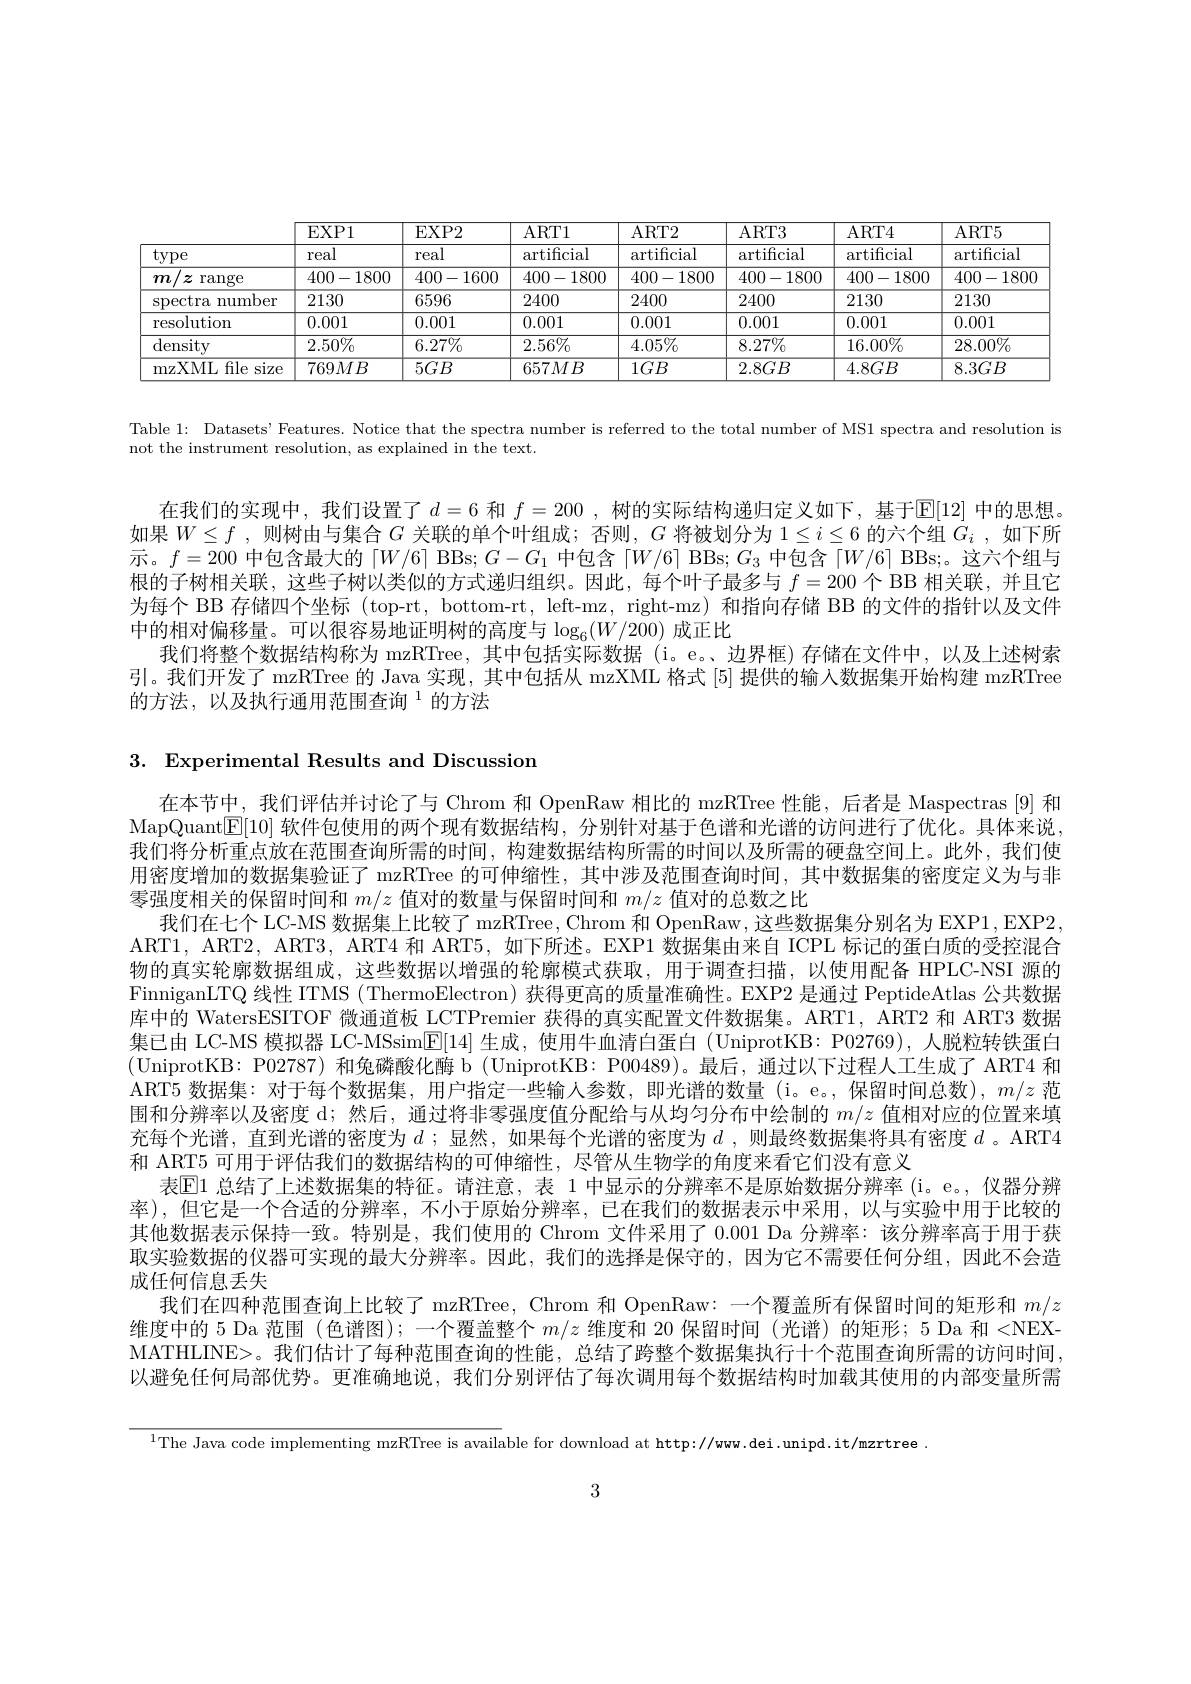
<table>
	<tbody>
		<tr>
			<th> </th>
			<th>EXP1</th>
			<th>EXP2</th>
			<th>$ART1$</th>
			<th>$ART2$</th>
			<th>ART3</th>
			<th>ART4</th>
			<th>$ART5$</th>
		</tr>
		<tr>
			<td>type</td>
			<td>real</td>
			<td>real</td>
			<td>artificial</td>
			<td>$\operatorname{artificial}$</td>
			<td>$\operatorname{artificial}$</td>
			<td>$\operatorname{artificial}$</td>
			<td>$\operatorname{artificial}$</td>
		</tr>
		<tr>
			<td>$/z$ range $m$</td>
			<td>400-1800</td>
			<td>400-1600</td>
			<td>400-1800</td>
			<td>400-1800</td>
			<td>400-1800</td>
			<td>400-1800</td>
			<td>400-1800</td>
		</tr>
		<tr>
			<td>number spectra </td>
			<td>2130</td>
			<td>6596</td>
			<td>2400</td>
			<td>2400</td>
			<td>2400</td>
			<td>2130</td>
			<td>2130</td>
		</tr>
		<tr>
			<td>resolution</td>
			<td>0.001</td>
			<td>0.001</td>
			<td>0.001</td>
			<td>0.001</td>
			<td>0.001</td>
			<td>0.001</td>
			<td>0.001</td>
		</tr>
		<tr>
			<td>${\mathrm{density}}$</td>
			<td>$2.50\%$</td>
			<td>$6.27\%$</td>
			<td>$2.56\%$</td>
			<td>$4.05\%$</td>
			<td>$8.27\%$</td>
			<td>$16.00\%$</td>
			<td>$28.00\%$</td>
		</tr>
		<tr>
			<td>mzXML file s size 5</td>
			<td>$769MB$</td>
			<td>$5GB$</td>
			<td>$657MB$</td>
			<td>$1GB$</td>
			<td>$2.8GB$</td>
			<td>$4.8GB$</td>
			<td>$8.3GB$</td>
		</tr>
	</tbody>
</table>

Table 1: Datasets' Features. Notice that the spectra number is referred to the total number of MS1 spectra and resolution is

not the instrument resolution, as explained in the text.

在我们的实现中，我们设置了$d=6$ 和 $f=200$, 树的实际结构递归定义如下，基于$\overline{\mathbb{E}}[12]$ 中的思想。如果$W\leq f$ ,则树由与集合$G$关联的单个叶组成；否则，$G$将被划分为$1\leq i\leq6$的六个组$G_i$ ,如下所示。$f=200$中包含最大的$\lceil W/6\rceil$ BBs; $G-G_1$中包含$\lceil W/6\rceil$ BBs; $G_3$中包含$\lceil W/6\rceil$ BBs;。这六个组与根的子树相关联，这些子树以类似的方式递归组织。因此，每个叶子最多与$f=200$个 BB 相关联，并且它为每个 BB 存储四个坐标 (top-rt, bottom-rt, left-mz, right-mz) 和指向存储 BB 的文件的指针以及文件中的相对偏移量。可以很容易地证明树的高度与$\log_6(W/200)$成正比
我们将整个数据结构称为 mzRTree, 其中包括实际数据 (i。e。边界框)存储在文件中，以及上述树索引。我们开发了 mzRTree 的 Java 实现，其中包括从 mzXML 格式 [5] 提供的输入数据集开始构建 mzRTree 的方法，以及执行通用范围查询$^{1}$的方法

3. Experimental Results and Discussion

在本节中，我们评估并讨论了与 Chrom 和 OpenRaw 相比的 mzRTree 性能，后者是 Maspectras [9] 和MapQuant$[\mathbb{E}[10]$软件包使用的两个现有数据结构，分别针对基于色谱和光谱的访问进行了优化。具体来说我们将分析重点放在范围查询所需的时间，构建数据结构所需的时间以及所需的硬盘空间上。此外，我们使用密度增加的数据集验证了 mzRTree 的可伸缩性，其中涉及范围查询时间，其中数据集的密度定义为与非零强度相关的保留时间和$m/z$值对的数量与保留时间和$m/z$值对的总数之比
我们在七个 LC-MS 数据集上比较了 mzRTree, Chrom 和 OpenRaw, 这些数据集分别名为 EXP1, EXP2, ART1, ART2, ART3, ART4 和 ART5, 如下所述。EXP1 数据集由来自 ICPL 标记的蛋白质的受控混合物的真实轮廓数据组成，这些数据以增强的轮廓模式获取，用于调查扫描，以使用配备 HPLC-NSI 源的FinniganLTQ 线性 ITMS ( ThermoElectron) 获得更高的质量准确性。EXP2 是通过 PeptideAtlas 公共数据库中的 WatersESITOF 微通道板 LCTPremier 获得的真实配置文件数据集。ART1, ART2 和 ART3 数据集已由 LC-MS 模拟器 LC-MSsim$\underline{\mathrm{E}}[14]$生成，使用牛血清白蛋白 (UniprotKB: P02769),人脱粒转铁蛋白(UniprotKB: P02787)和兔磷酸化酶 b (UniprotKB: P00489)。最后，通过以下过程人工生成了 ART4 和ART5 数据集：对于每个数据集，用户指定一些输人参数，即光谱的数量 (i。e。, 保留时间总数), $m/z$范围和分辨率以及密度 d;然后，通过将非零强度值分配给与从均匀分布中绘制的$m/z$值相对应的位置来填充每个光谱，直到光谱的密度为$d$ ;显然，如果每个光谱的密度为$d$ ,则最终数据集将具有密度$d$ 。ART4和 ART5 可用于评估我们的数据结构的可伸缩性，尽管从生物学的角度来看它们没有意义
表$\mathbb{E}$1 总结了上述数据集的特征。请注意，表 1 中显示的分辨率不是原始数据分辨率 (i。e。, 仪器分辨率),但它是一个合适的分辨率，不小于原始分辨率，已在我们的数据表示中采用，以与实验中用于比较的其他数据表示保持一致。特别是，我们使用的 Chrom 文件采用了0.001 Da 分辨率：该分辨率高于用于获取实验数据的仪器可实现的最大分辨率。因此，我们的选择是保守的，因为它不需要任何分组，因此不会造成任何信息丢失
我们在四种范围查询上比较了 mzRTree, Chrom 和 OpenRaw: 一个覆盖所有保留时间的矩形和$m/z$ 维度中的 5 Da 范围 (色谱图); 一个覆盖整个$m/z$维度和 20 保留时间 (光谱) 的矩形；5 Da 和 <NEXMATHLINE>。我们估计了每种范围查询的性能，总结了跨整个数据集执行十个范围查询所需的访问时间， 以避免任何局部优势。史准确地说，我们分别评估了每次调用每个数据结构时加载其使用的内部变量所需

$^{1}$The Java code implementing mzRTree is available for download at http://ww.dei.unipd.it/mzrtree

3